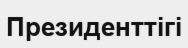
Президенттігі